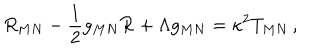
LaTeX: R _ { M N } - { \frac { 1 } { 2 } } g _ { M N } { \cal R } + \Lambda g _ { M N } = \kappa ^ { 2 } T _ { M N } \, ,